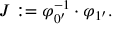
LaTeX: J : = \varphi _ { 0 ^ { \prime } } ^ { - 1 } \cdot \varphi _ { 1 ^ { \prime } } .